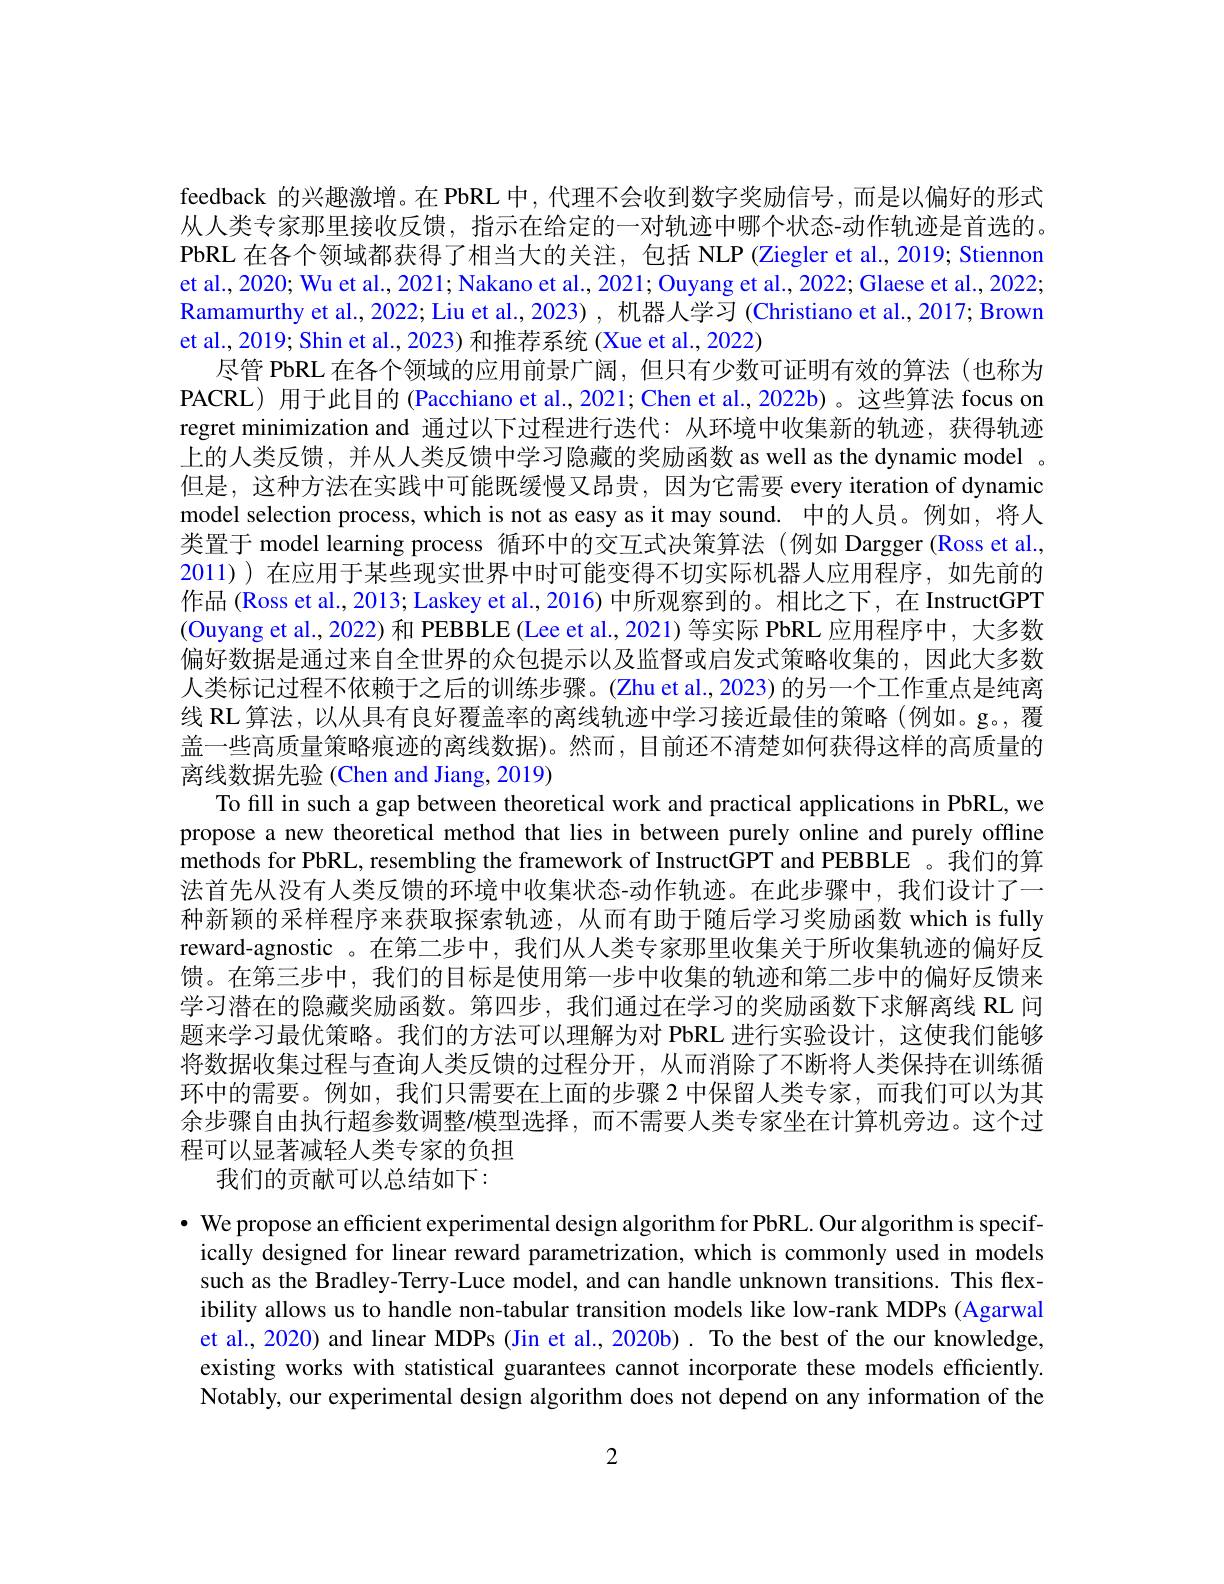
feedback 的兴趣激增。在 PbRL 中，代理不会收到数字奖励信号，而是以偏好的形式从人类专家那里接收反馈，指示在给定的一对轨迹中哪个状态-动作轨迹是首选的。PbRL 在各个领域都获得了相当大的关注，包括 NLP (Ziegler et al., 2019; Stiennon et al., 2020; Wu et al., 2021; Nakano et al., 2021; Ouyang et al., 2022; Glaese et al., 2022; Ramamurthy et al., 2022; Liu et al., 2023) , 机器人学习 (Christiano et al., 2017; Brown et al., 2019; Shin et al., 2023) 和推荐系统 (Xue et al., 2022)
尽管 PbRL 在各个领域的应用前景广阔，但只有少数可证明有效的算法(也称为PACRL) 用于此目的 (Pacchiano et al., 2021; Chen et al., 2022b)。这些算法 focus on regret minimization and 通过以下过程进行迭代：从环境中收集新的轨迹，获得轨迹上的人类反馈，并从人类反馈中学习隐藏的奖励函数 as well as the dynamic model 。但是，这种方法在实践中可能既缓慢又昂贵，因为它需要 every iteration of dynamic model selection process, which is not as easy as it may sound. 中的人员。例如，将人类置于 model learning process 循环中的交互式决策算法(例如 Dargger(Ross et al., 2011) ) 在应用于某些现实世界中时可能变得不切实际机器人应用程序，如先前的作品 (Ross et al., 2013; Laskey et al., 2016) 中所观察到的。相比之下，在 InstructGPT (Ouyang et al., 2022) 和 PEBBLE (Lee et al., 2021) 等实际 PbRL 应用程序中，大多数偏好数据是通过来自全世界的众包提示以及监督或启发式策略收集的，因此大多数人类标记过程不依赖于之后的训练步骤。(Zhu et al.,2023) 的另一个工作重点是纯离线 RL 算法，以从具有良好覆盖率的离线轨迹中学习接近最佳的策略 (例如。g。覆盖一些高质量策略痕迹的离线数据)。然而，目前还不清楚如何获得这样的高质量的离线数据先验 (Chen and Jiang, 2019)
To fill in such a gap between theoretical work and practical applications in PbRL, we propose a new theoretical method that lies in between purely online and purely offline methods for PbRL, resembling the framework of InstructGPT and PEBBLE 。我们的算法首先从没有人类反馈的环境中收集状态-动作轨迹。在此步骤中，我们设计了一种新颖的采样程序来获取探索轨迹，从而有助于随后学习奖励函数 which is fully reward-agnostic 。在第二步中，我们从人类专家那里收集关于所收集轨迹的偏好反馈。在第三步中，我们的目标是使用第一步中收集的轨迹和第二步中的偏好反馈来学习潜在的隐藏奖励函数。第四步，我们通过在学习的奖励函数下求解离线 RL 问题来学习最优策略。我们的方法可以理解为对 PbRL 进行实验设计，这使我们能够将数据收集过程与查询人类反馈的过程分开，从而消除了不断将人类保持在训练循环中的需要。例如，我们只需要在上面的步骤2 中保留人类专家，而我们可以为其余步骤自由执行超参数调整/模型选择，而不需要人类专家坐在计算机旁边。这个过程可以显著减轻人类专家的负担
我们的贡献可以总结如下：
· We propose an efficient experimental design algorithm for PbRL. Our algorithm is specif-
ically designed for linear reward parametrization, which is commonly used in models such as the Bradley-Terry-Luce model, and can handle unknown transitions. This flexibility allows us to handle non-tabular transition models like low-rank MDPs (Agarwal et al., 2020) and linear MDPs (Jin et al., 2020b). To the best of the our knowledge, existing works with statistical guarantees cannot incorporate these models efficiently. Notably, our experimental design algorithm does not depend on any information of the

2